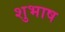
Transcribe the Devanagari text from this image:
शुभाष